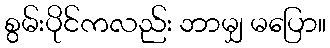
စွမ်းပိုင်ကလည်း ဘာမျှ မပြော။